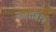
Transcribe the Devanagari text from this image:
वेलागिरि